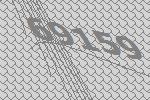
69159